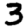
Digit: 3